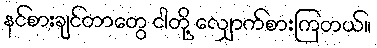
နင်စားချင်တာတွေ ငါတို့ လျှောက်စားကြတယ်။